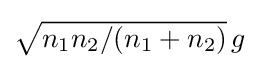
{\textstyle {\sqrt {n_{1}n_{2}/(n_{1}+n_{2})}}\,g}